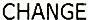
CHANGE